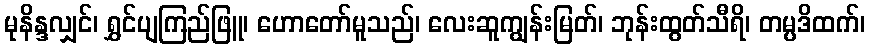
မုနိန္ဒလျှင်၊ ရွှင်ပျကြည်ဖြူ၊ ဟောတော်မူသည်၊ လေးဆူကျွန်းမြတ်၊ ဘုန်းထွတ်သီရိ၊ တမ္ပဒိထက်၊